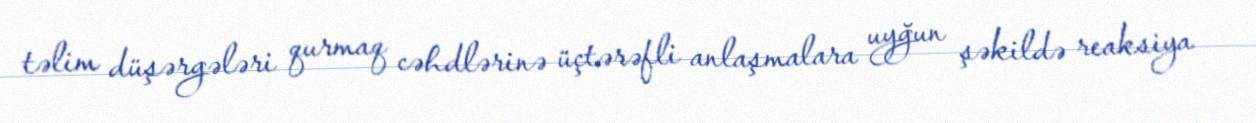
təlim düşərgələri qurmaq cəhdlərinə üçtərəfli anlaşmalara uyğun şəkildə reaksiya